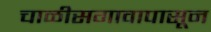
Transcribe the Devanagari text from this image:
चाळीसगावापासून